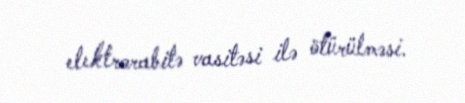
elektrorabitə vasitəsi ilə ötürülməsi.